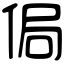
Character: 侷